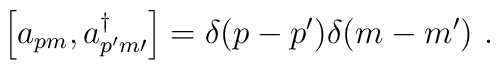
\Big[a_{pm} , a_{p^{\prime}m{\prime}}^{\dagger}\Big] = \delta (p-p^{\prime})                                      \delta (m-m^{\prime})\ .